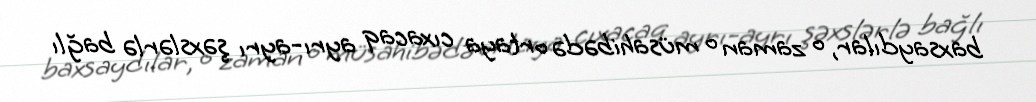
baxsaydılar, o zaman o müsahibədə ortaya cıxacaq ayrı-ayrı şəxslərlə bağlı